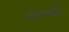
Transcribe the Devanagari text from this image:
सरानदीप